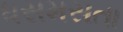
ધસમસતા